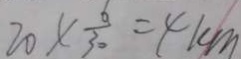
2 0 \times \frac { 6 } { 3 0 } = 4 k m